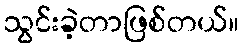
သွင်းခဲ့တာဖြစ်တယ်။